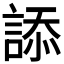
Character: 𧨩